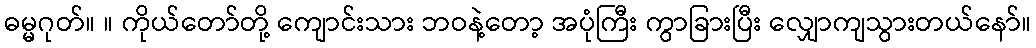
ဓမ္မဂုတ်။ ။ ကိုယ်တော်တို့ ကျောင်းသား ဘဝနဲ့တော့ အပုံကြီး ကွာခြားပြီး လျှောကျသွားတယ်နော်။